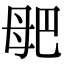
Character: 𣫰